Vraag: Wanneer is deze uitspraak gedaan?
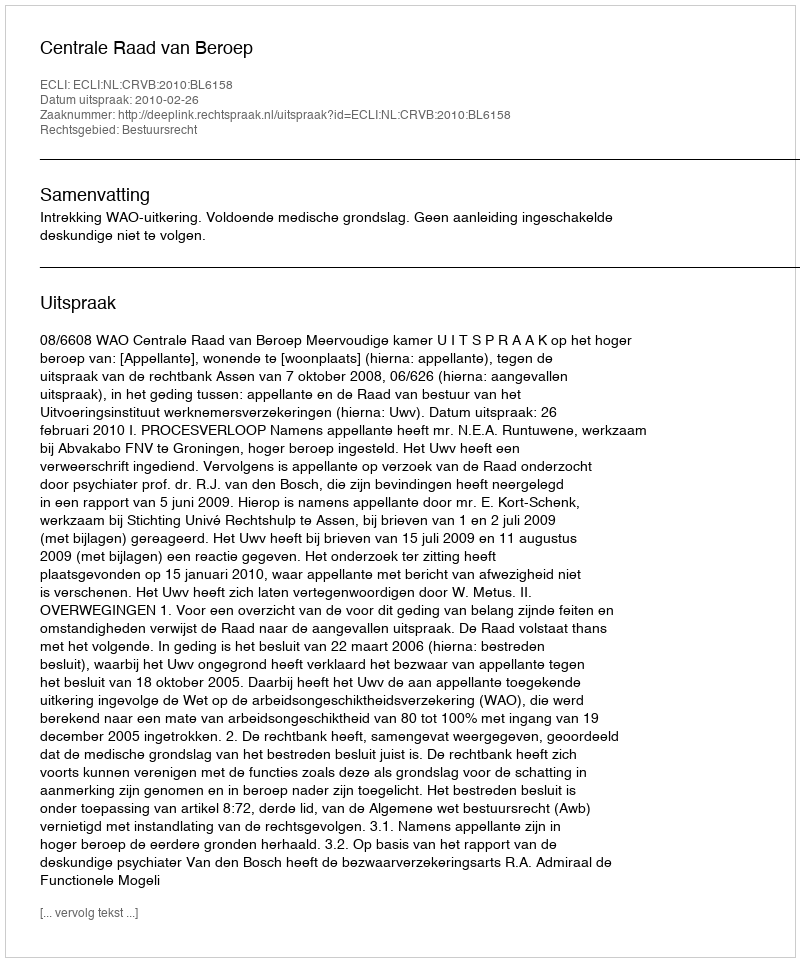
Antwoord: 2010-02-26